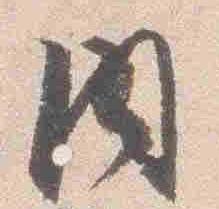
内